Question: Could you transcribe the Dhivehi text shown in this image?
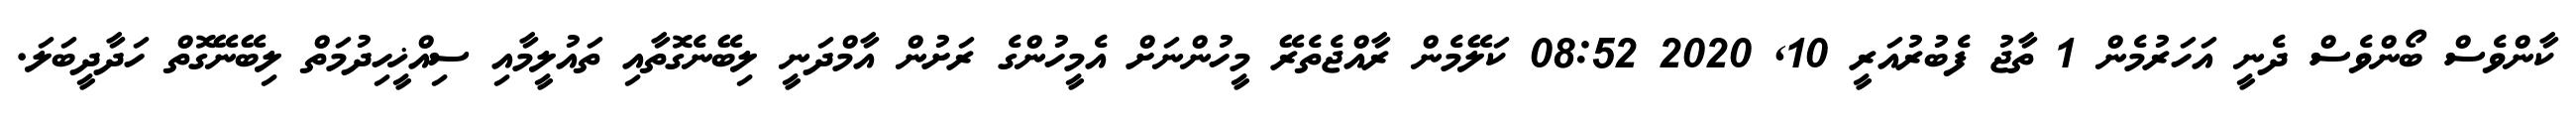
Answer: ކާންވެސް ބޯންވެސް ދެނީ އަހަރުމެން 1 ތާޖު ފެބުރުއަރީ 10, 2020 08:52 ކަލޭމެން ރާއްޖެތެރޭ މީހުންނަށް އެމީހުންގެ ރަށުން އާމްދަނީ ލިބޭނެގޮތާއި ތައުލީމާއި ސިއްޚީހިދުމަތް ލިބޭނޭގޮތް ހަދާދީބަލަ.